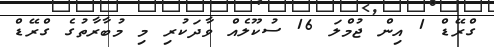
ގްރޭޑް 1 އިން ޖުމްލަ 16 ސުކޫލެއް ވާދަކުރި މި މުބާރާތުގެ ގްރޭޑް